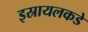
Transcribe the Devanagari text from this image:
इस्रायलकडे